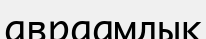
авраамдық